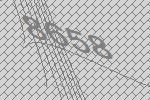
8658